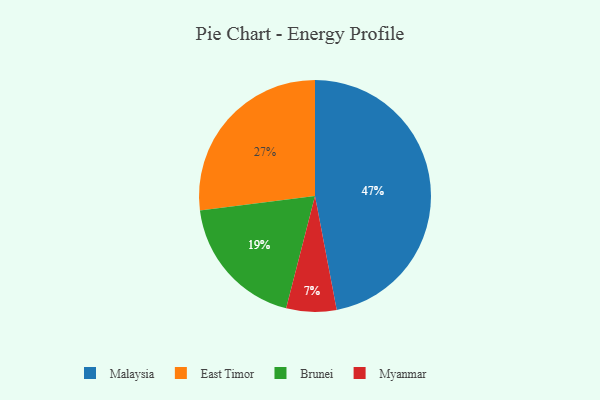
{"axis": {"x": "Category", "y": "Percentage"}, "legend": ["Brunei", "East Timor", "Malaysia", "Myanmar"], "data": [{"x": "Myanmar", "y": 7, "type": "Myanmar"}, {"x": "East Timor", "y": 27, "type": "East Timor"}, {"x": "Brunei", "y": 19, "type": "Brunei"}, {"x": "Malaysia", "y": 47, "type": "Malaysia"}]}